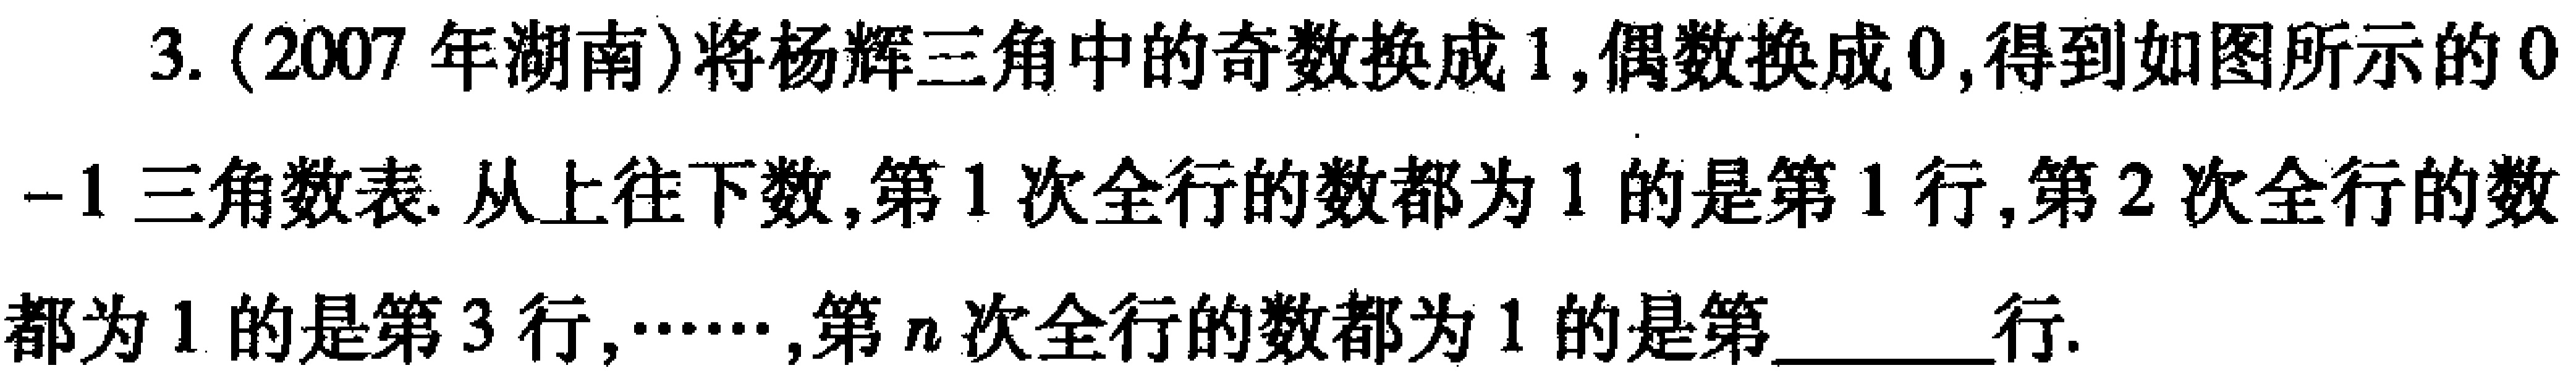
3. (2007年湖南)将杨辉三角中的奇数换成1,偶数换成0,得到如图所示的0 - 1三角数表. 从上往下数,第1次全行的数都为1的是第1行,第2次全行的数都为1的是第3行,……,第\(n\)次全行的数都为1的是第  行.